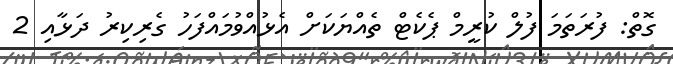
ގޮތް: ފުރަތަމަ ފުލް ކުރީމް ޕެކެޓް ތެެއްޔަކަށް އެޅުއްވުމައްފަހު ގެރިކިރު ދަޅާއި 2